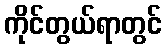
ကိုင်တွယ်ရာတွင်